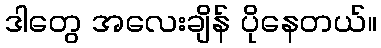
ဒါတွေ အလေးချိန် ပိုနေတယ်။